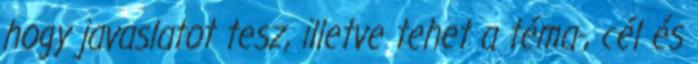
hogy javaslatot tesz, illetve tehet a téma-, cél és